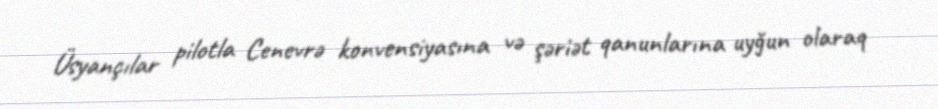
Üsyançılar pilotla Cenevrə konvensiyasına və şəriət qanunlarına uyğun olaraq